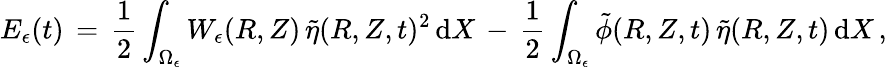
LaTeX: E_{\epsilon}(t)\, =\, \frac 12\int_{\Omega_{\epsilon}}W_{\epsilon}(R,Z)\, \tilde{\eta}(R,Z,t)^{2}\, \mathrm{d}X\, -\, \frac 12\int_{\Omega_{\epsilon}}\tilde{\phi}(R,Z,t)\, \tilde{\eta}(R,Z,t)\, \mathrm{d}X\, ,